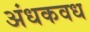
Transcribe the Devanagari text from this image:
अंधकवध